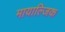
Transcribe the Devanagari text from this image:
मायाल्जिक